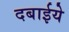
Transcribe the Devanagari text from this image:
दबाईये